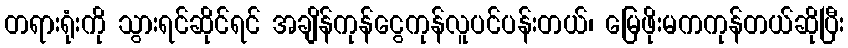
တရားရုံးကို သွားရင်ဆိုင်ရင် အချိန်ကုန်ငွေကုန်လူပင်ပန်းတယ်၊ မြေဖိုးမကကုန်တယ်ဆိုပြီး